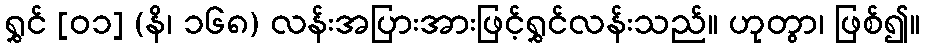
ရွှင် [၀၁] (နိ၊ ၁၆၈) လန်းအပြားအားဖြင့်ရွှင်လန်းသည်။ ဟုတွာ၊ ဖြစ်၍။